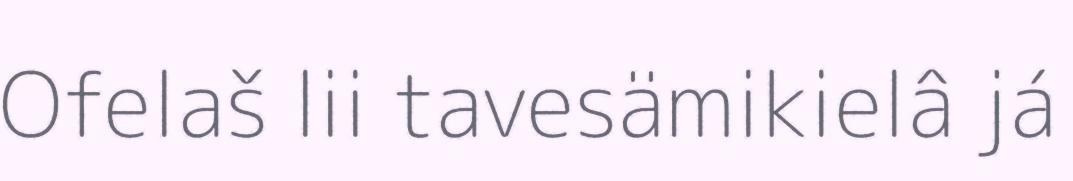
Ofelaš lii tavesämikielâ já